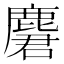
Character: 麏